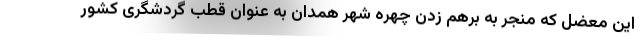
این معضل که منجر به برهم زدن چهره شهر همدان به عنوان قطب گردشگری کشور